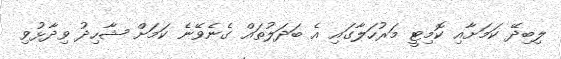
ލިބިދޭ ކަމަށާއި ކޮމިޓީ މަރުހަލާގައި އެ ބަދަލުތައް ގެނެވޭނެ ކަމަށް ޝާހިދު ވިދާޅުވި